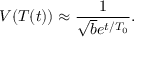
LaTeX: V ( T ( t ) ) \approx \frac { 1 } { \sqrt { b } e ^ { t / T _ { 0 } } } .